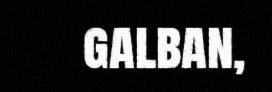
galban,